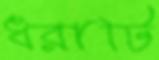
ধরাটি